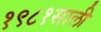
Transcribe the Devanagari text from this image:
१९८१साली